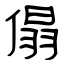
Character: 傝